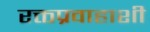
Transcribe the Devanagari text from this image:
रक्तप्रवाहाशी